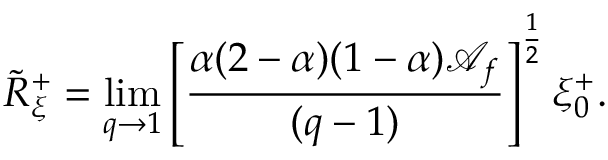
\tilde { R } _ { \xi } ^ { + } = \operatorname * { l i m } _ { q \to 1 } \left[ \frac { \alpha ( 2 - \alpha ) ( 1 - \alpha ) \mathcal { A } _ { f } } { ( q - 1 ) } \right] ^ { \frac { 1 } { 2 } } \xi _ { 0 } ^ { + } .